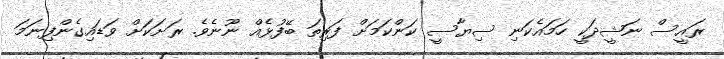
ރައީސް ނަޝީދަކީ ހަމައެކަނި ސިޔާސީ ކަންކަމަށް ފަރިތަ ބޭފުޅެއް ނޫނެވެ. ރަށަކަށް ވަޑައިގެންފިނަމަ